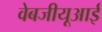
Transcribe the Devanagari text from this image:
वेबजीयूआई